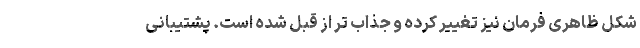
شکل ظاهری فرمان نیز تغییر کرده و جذاب تر از قبل شده است. پشتیبانی